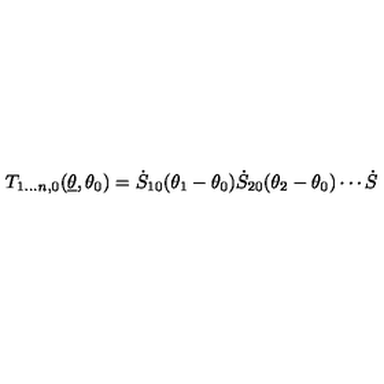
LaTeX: T _ { 1 \dots n , 0 } ( { \underline { { \theta } } } , \theta _ { 0 } ) = \dot { S } _ { 1 0 } ( \theta _ { 1 } - \theta _ { 0 } ) \dot { S } _ { 2 0 } ( \theta _ { 2 } - \theta _ { 0 } ) \cdots \dot { S }